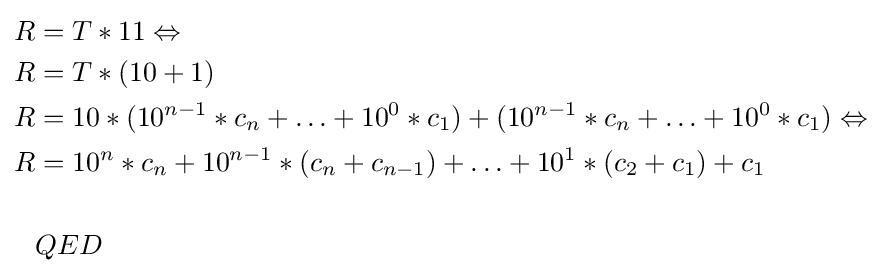
{\begin{aligned}R&=T*11\Leftrightarrow \\R&=T*(10+1)\\R&=10*(10^{n-1}*c_{n}+\ldots +10^{0}*c_{1})+(10^{n-1}*c_{n}+\ldots +10^{0}*c_{1})\Leftrightarrow \\R&=10^{n}*c_{n}+10^{n-1}*(c_{n}+c_{n-1})+\ldots +10^{1}*(c_{2}+c_{1})+c_{1}\\\\&QED\end{aligned}}